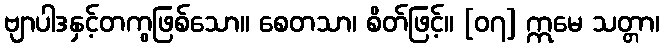
ဗျာပါဒနှင့်တကွဖြစ်သော။ စေတသာ၊ စိတ်ဖြင့်။ [၀၇] ဣမေ သတ္တာ၊